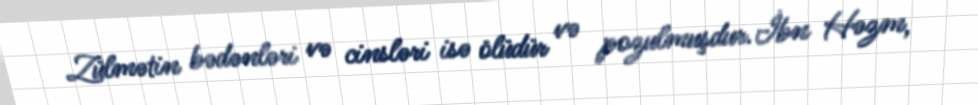
Zülmətin bədənləri və cinsləri isə ölüdür və pozulmuşdur.İbn Həzm,